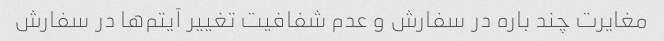
مغایرت چند باره در سفارش و عدم شفافیت تغییر آیتم‌ها در سفارش